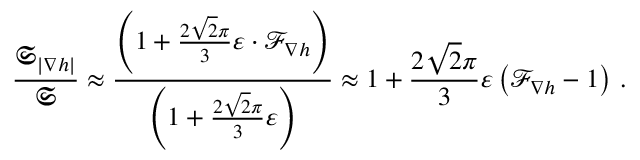
\frac { \mathfrak { S } _ { | \nabla h | } } { \mathfrak { S } } \approx \frac { \left( 1 + \frac { 2 \sqrt { 2 } \pi } { 3 } \varepsilon \cdot \mathcal { F } _ { \nabla h } \right) } { \left( 1 + \frac { 2 \sqrt { 2 } \pi } { 3 } \varepsilon \right) } \approx 1 + \frac { 2 \sqrt { 2 } \pi } { 3 } \varepsilon \left( \mathcal { F } _ { \nabla h } - 1 \right) \, .